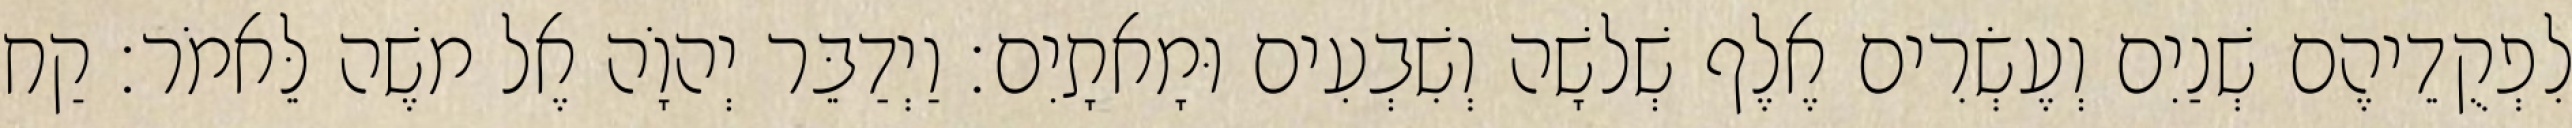
לִפְקֻדֵיהֶם שְׁנַיִם וְעֶשְׂרִים אֶלֶף שְׁלשָׁה וְשִׁבְעִים וּמָאתָיִם׃ וַיְדַבֵּר יְהוָֹה אֶל משֶׁה לֵּאמֹר׃ קַח